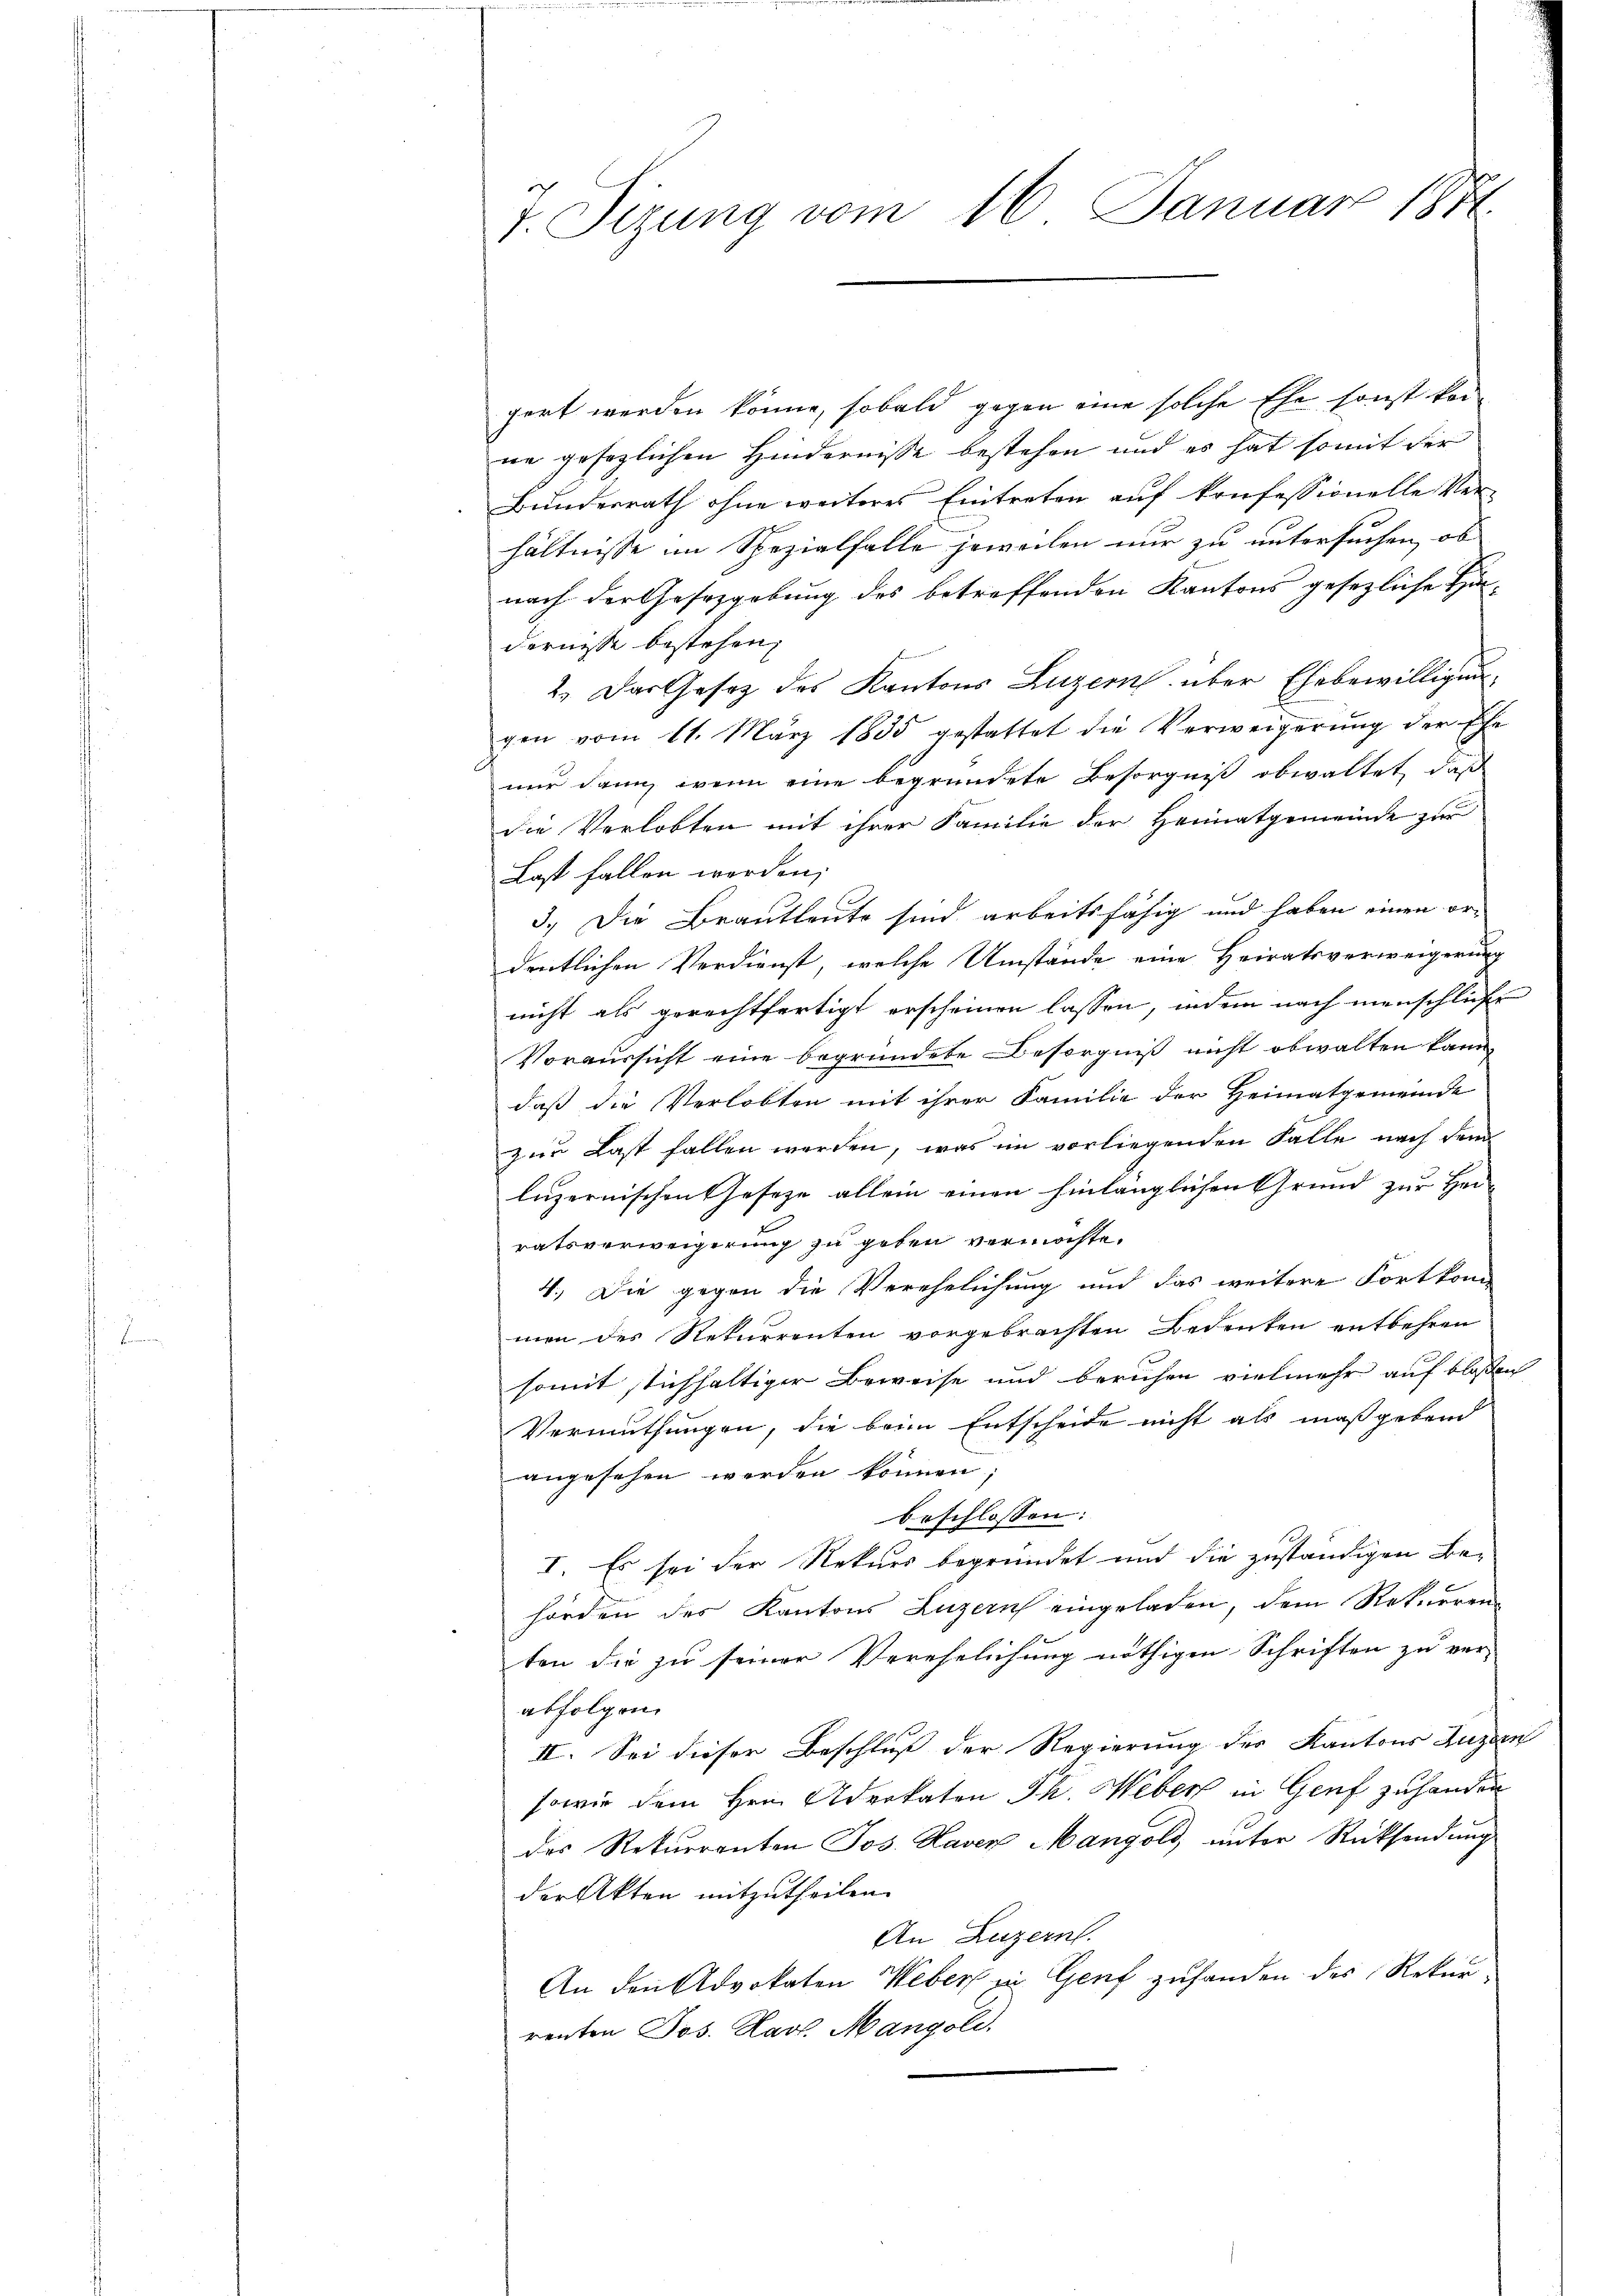
7. Sizung vom 16. Januar 1881.

gert werden könne, sobald gegen eine solche Ehe sonst keine gesezlichen Hindernisse bestehen und es hat somit der
Bundesrath ohne weiteres Eintreten auf konfessionelle Ver-
hältnisse im Spezialfalle jeweilen nur zu untersuchen, ob
nach der Gesetzgebung des betreffenden Kantons gesezliche Handernisse bestehen;
2.) Das Gesetz des Kantons Luzern über Ehebewilligungen vom 11. März 1835 gestattet die Verweigerung der Ehe
nur dann, wenn eine begründete Besorgniß obwaltet, daß
die Verlobten mit ihrer Familie der Heimatgemeinde zu
Last fallen worden;
3.) Die Brautleute sind arbeitsfähig und haben einen ordentlichen Verdienst, welche Umstände eine Heiratsverweigerung
nicht als gerechtfertigt erscheinen lassen, indem nach menschliche
Voraussicht eine begründete Besorgniß nicht obwalten kann,
daß die Verlobten mit ihrer Familie der Heimatgemeinde
zur Last fallen werden, was im vorliegenden Falle nach dem
luzernischen Geseze allein einen hinlänglichen Grund zur Heiratsverweigerung zu geben vermöchte.
4.) Die gegen die Verehelichung und das weitere Fortkom
men des Rekurrenten vorgebrachten Bedenken entbehren
somit stichhaltiger Beweise und beruhen vielmehr auf blossen
Vermuthungen, die beim Entscheide nicht als maßgebend
angesehen werden können;
beschlossen:
I. Es sei der Rekurs begründet und die zuständigen Behörden des Kantons Luzern eingeladen, dem Rekurren-
ten die zu seiner Verehelichung nöthigen Schriften zu ver-
abfolgen.
II. Sei dieser Beschluß der Regierung des Kantons Luzern
sowie dem Hrn. Aderkaten Ph. Weber in Genf zu handen
des Rekurrenten Jos. Haver Mangold, unter Rücksendung
der Akten mitzutheilen.
An Luzern.
An den Advokaten Weber in Genf zufanden des Rekurrenten Jos. Karl. Mangold.